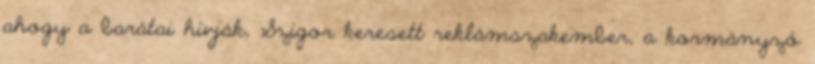
ahogy a barátai hívják, Szigor keresett reklámszakember, a kormányzó